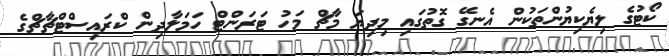
ކޯޓުގެ ލިޔެކިޔުންތަކުން އެނގޭ ގޮތުގައި މިދިޔަ މާޗް މަހު ޓަރަންޓް ހަމަލާދިން ކްރައިސްޓްޗާޗްގެ